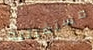
مستقبلية